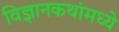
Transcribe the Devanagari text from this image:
विज्ञानकथांमध्ये